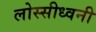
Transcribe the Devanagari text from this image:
लोस्सीध्वनी